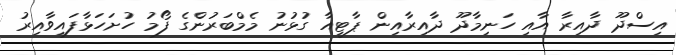
އިސްދޫ ދާއިރާ އާއި ހަނިމާދޫ ދާއިރާއިން ޕާޓީއާ ގުޅުނު މެމްބަރުންގެ ފޯމު ހުށަހަޅާފައިވާއިރު